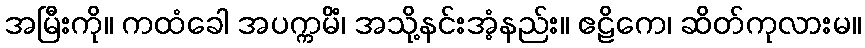
အမြီးကို။ ကထံခေါ အပက္ကမိံ၊ အသို့နင်းအံ့နည်း။ ဧဠိကေ၊ ဆိတ်ကုလားမ။